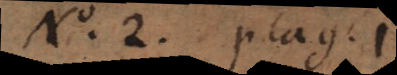
N 2. plag. 1.